Leaving Certificate Examination, 1916
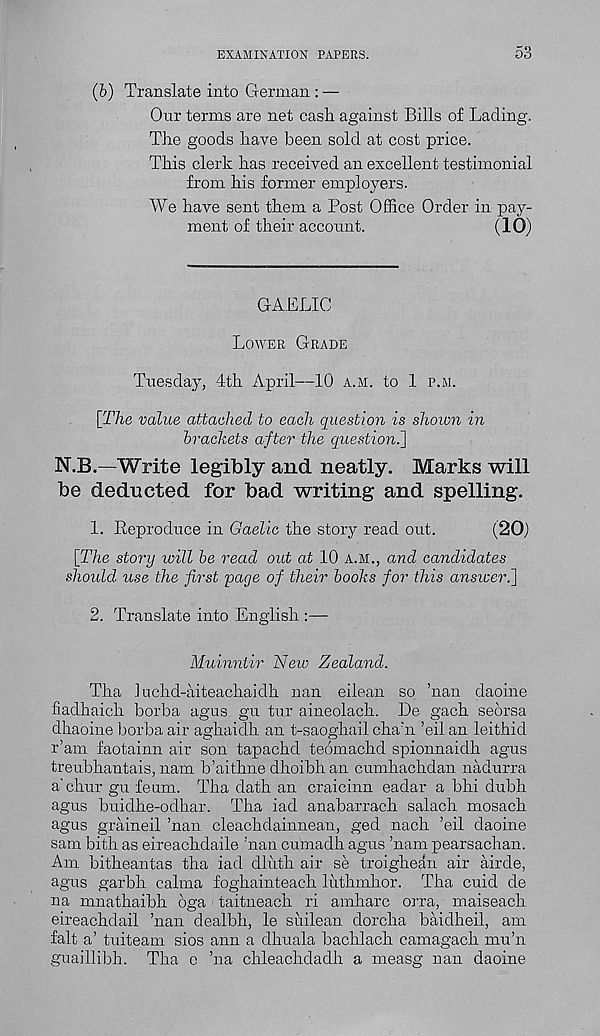
EXAMINATION PAPERS.
53
(6) Translate into German : —
Our terms are net cash, against Bills of Lading.
The goods have been sold at cost price.
This clerk has received an excellent testimonial
from his former employers.
We have sent them a Post Office Order in pay-
ment of their account.
(10)
GAELIC
Lower Grade
Tuesday, 4th April—10 a.m. to 1 p.m.
[The value attached to each question is shown in
brackets after the question.]
N.B.—Write legibly and neatly. Marks will
be deducted for bad writing and spelling.
1. Reproduce in Gaelic the story read out.
(20)
[The story ivill be read out at 10 a.m., and candidates
should, use the first 'page of their books for this answer.]
2. Translate into English :—
Muinnlir New Zealand.
Tha 1 uchd-aiteachaidh nan eilean so ’nan daoine
fiadhaich borba agus gu tur aineolach. De gach seorsa
dhaoine borba air aghaidh an t-saoghail cha’n ’eilan leithid
r’am faotainn air son tapachd teomachd spionnaidh agus
treubhantais, nam b’aithne dhoibhan cumhachdan nadurra
a'chur gu feum. Tha dath an craicinn eadar a bhi dubh
agus buidhe-odhar. Tha iad anabarrach salach mosach
agus grained, ’nan cleachdainnean, ged nach ’eil daoine
sam bith as eireachdaile ’nan cumadh agus ’nam pearsachan.
Am bitheantas tha iad dluth air se troighean air airde,
agus garbh calma foghainteach liithmhor. Tha cuid de
na mnathaibh oga taitneach ri amharc orra, maiseach
eireachdail ’nan dealbh, le suilean dorcha baidheil, am
fait a’ tuiteam sios aim a dhuala bachlach camagach mu’n
guaillibh. Tha e ’na chleachdadh a measg nan daoine